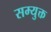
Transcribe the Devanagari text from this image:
सम्युक्त